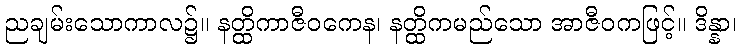
ညချမ်းသောကာလ၌။ နတ္ထိကာဇီဝကေန၊ နတ္ထိကမည်သော အာဇီဝကဖြင့်။ ဒိန္နာ၊